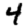
Digit: 4